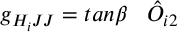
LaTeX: g _ { H _ { i } J J } = t a n \beta \; \; \; { \hat { O } } _ { i 2 }